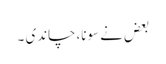
بعض نے سونا، چاندی ۔